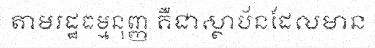
តាមរដ្ឋធម្មនុញ្ញ គឺជាស្ថាប័នដែលមាន